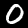
Digit: 0